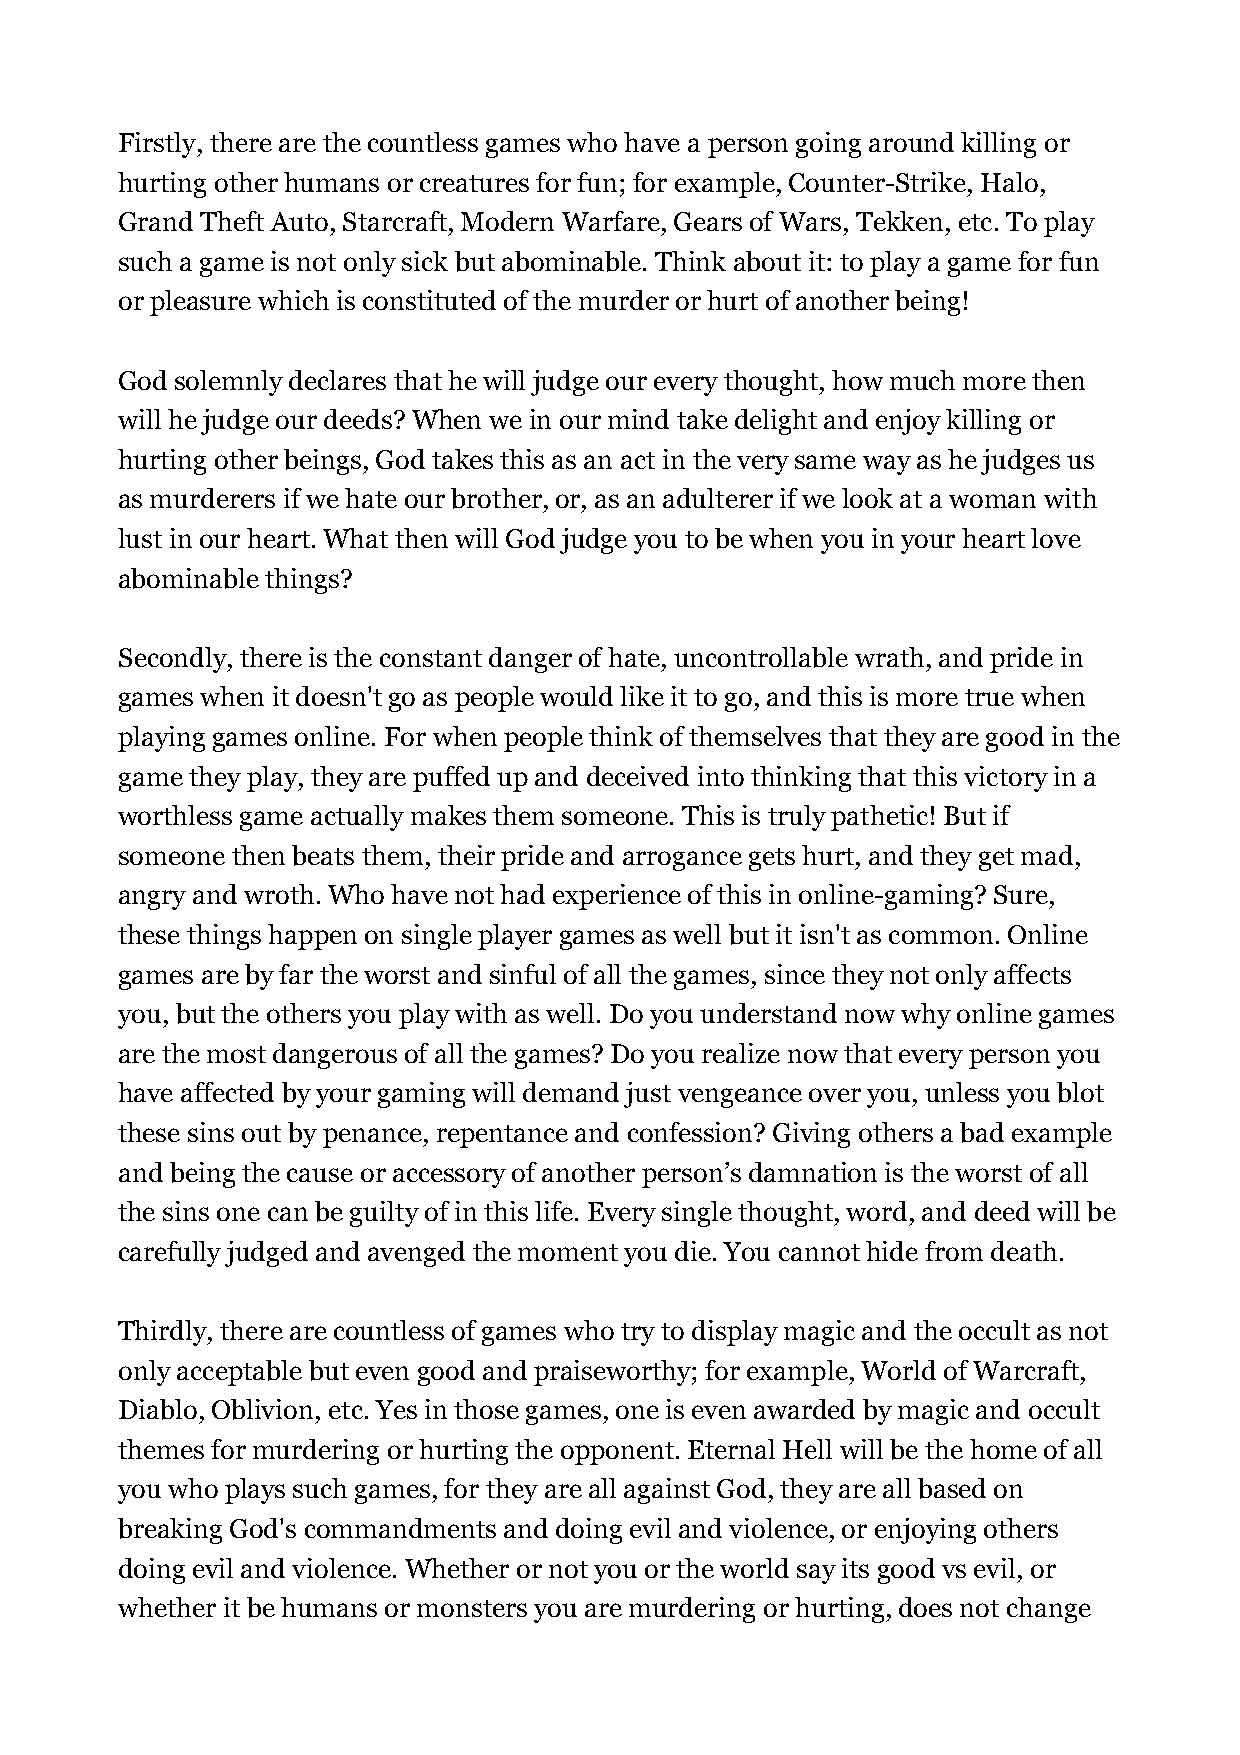
Firstly, there are the countless games who have a person going around killing or
 hurting other humans or creatures for fun; for example, Counter-Strike, Halo,
 Grand Theft Auto, Starcraft, Modern Warfare, Gears of Wars, Tekken, etc. To play
 such a game is not only sick but abominable. Think about it: to play a game for fun
 or pleasure which is constituted of the murder or hurt of another being!
 God solemnly declares that he will judge our every thought, how much more then
 will he judge our deeds? When we in our mind take delight and enjoy killing or
 hurting other beings, God takes this as an act in the very same way as he judges us
 as murderers if we hate our brother, or, as an adulterer if we look at a woman with
 lust in our heart. What then will God judge you to be when you in your heart love
 abominable things?
 Secondly, there is the constant danger of hate, uncontrollable wrath, and pride in
 games when it doesn't go as people would like it to go, and this is more true when
 playing games online. For when people think of themselves that they are good in the
 game they play, they are puffed up and deceived into thinking that this victory in a
 worthless game actually makes them someone. This is truly pathetic! But if
 someone then beats them, their pride and arrogance gets hurt, and they get mad,
 angry and wroth. Who have not had experience of this in online-gaming? Sure,
 these things happen on single player games as well but it isn't as common. Online
 games are by far the worst and sinful of all the games, since they not only affects
 you, but the others you play with as well. Do you understand now why online games
 are the most dangerous of all the games? Do you realize now that every person you
 have affected by your gaming will demand just vengeance over you, unless you blot
 these sins out by penance, repentance and confession? Giving others a bad example
 and being the cause or accessory of another person’s damnation is the worst of all
 the sins one can be guilty of in this life. Every single thought, word, and deed will be
 carefully judged and avenged the moment you die. You cannot hide from death.
 Thirdly, there are countless of games who try to display magic and the occult as not
 only acceptable but even good and praiseworthy; for example, World of Warcraft,
 Diablo, Oblivion, etc. Yes in those games, one is even awarded by magic and occult
 themes for murdering or hurting the opponent. Eternal Hell will be the home of all
 you who plays such games, for they are all against God, they are all based on
 breaking God's commandments and doing evil and violence, or enjoying others
 doing evil and violence. Whether or not you or the world say its good vs evil, or
 whether it be humans or monsters you are murdering or hurting, does not change